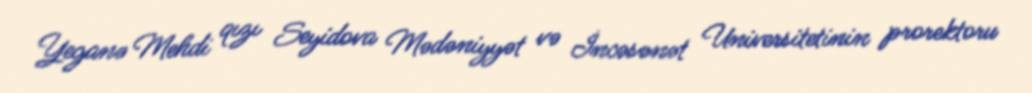
Yeganə Mehdi qızı Seyidova Mədəniyyət və İncəsənət Universitetinin prorektoru